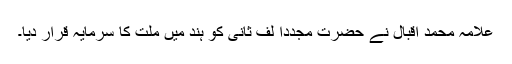
علامہ محمد اقبالؒ نے حضرت مجددا لف ثانیؒ کو ہند میں ملت کا سرمایہ قرار دیا۔